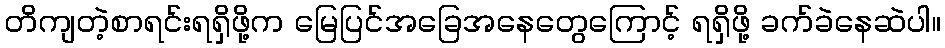
တိကျတဲ့စာရင်းရရှိဖို့က မြေပြင်အခြေအနေတွေကြောင့် ရရှိဖို့ ခက်ခဲနေဆဲပါ။